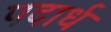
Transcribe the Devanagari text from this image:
पदार्ध